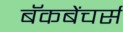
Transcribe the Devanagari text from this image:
बॅकबेंचर्स